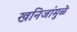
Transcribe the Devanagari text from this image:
खनिजांमुळे